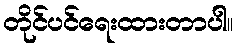
တိုင်ပင်ရေးထားတာပါ။